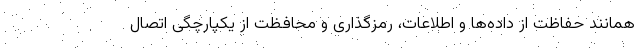
همانند حفاظت از داده‌ها و اطلاعات، رمزگذاری و محافظت از یکپارچگی اتصال